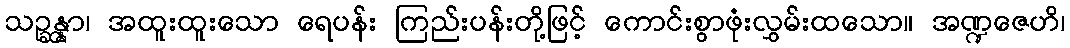
သဉ္ဆန္နာ၊ အထူးထူးသော ရေပန်း ကြည်းပန်းတို့ဖြင့် ကောင်းစွာဖုံးလွှမ်းထသော။ အဏ္ဍဇေဟိ၊